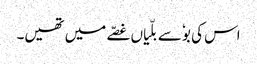
اس کی بوٗ سے بلّیاں غصّے میں تھیں۔